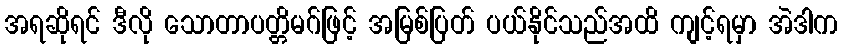
အရဆိုရင် ဒီလို သောတာပတ္တိမဂ်ဖြင့် အမြစ်ပြတ် ပယ်နိုင်သည်အထိ ကျင့်ရမှာ အဲဒါက